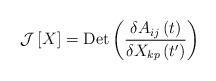
\begin{align*} {\cal J} \left[ X \right] = {\rm Det }\left( {\frac{{\delta {A_{ij}}\left( t \right)}}{{\delta {X_{kp}}\left( {t'} \right)}}} \right) \end{align*}